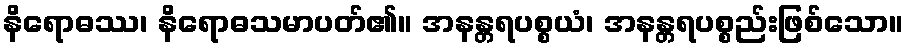
နိရောဓဿ၊ နိရောဓသမာပတ်၏။ အနန္တရပစ္စယံ၊ အနန္တရပစ္စည်းဖြစ်သော။